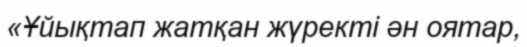
«Ұйықтап жатқан жүректі ән оятар,